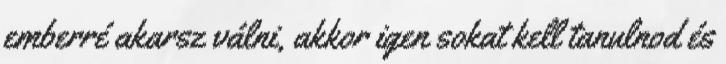
emberré akarsz válni, akkor igen sokat kell tanulnod és